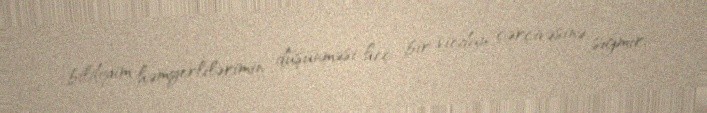
bildiyim həmyerlilərimin düşünməsi heç bir vicdan çərçivəsinə sığmır.